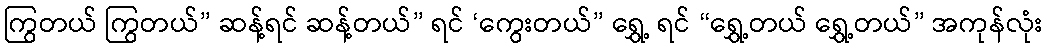
ကြွတယ် ကြွတယ်” ဆန့်ရင် ဆန့်တယ်” ရင် ‘ကွေးတယ်” ရွှေ့ ရင် “ရွှေ့တယ် ရွှေ့တယ်” အကုန်လုံး